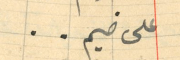
على ضيم..